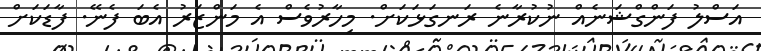
އަސްލު ފަންގްޝަނެއް ނުކުރާނެ ރަނގަޅަކަށް. މިހާރުވެސް އެ މަންޒަރު އެބަ ފެނޭ. ފާޑަކަށް